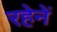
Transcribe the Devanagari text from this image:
रहेनें